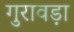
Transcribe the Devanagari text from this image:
गुरावड़ा